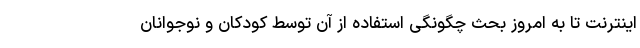
اینترنت تا به امروز بحث چگونگی استفاده از آن توسط کودکان و نوجوانان